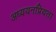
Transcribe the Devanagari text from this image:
अध्ययनप्रियता